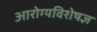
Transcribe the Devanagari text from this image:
आरोग्यविशेषज्ञ